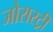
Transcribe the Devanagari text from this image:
जोरास्ट्री